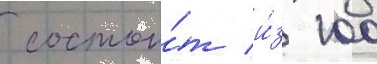
 состои́т и́з 100